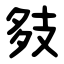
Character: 㩼